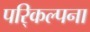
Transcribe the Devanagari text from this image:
परि्कल्पना